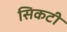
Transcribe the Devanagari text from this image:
सिकटी